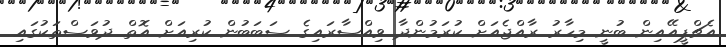
އެޗްޕީއޭއިން ބުނީ މިހާރު ރާއްޖެއަށް ކުރަމުންދާ ވިއްސާރައިގެ ސަބަބުން ކުރިއަށް އޮތް ދުވަސްތަކުގައި